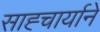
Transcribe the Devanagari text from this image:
साह्चार्याने